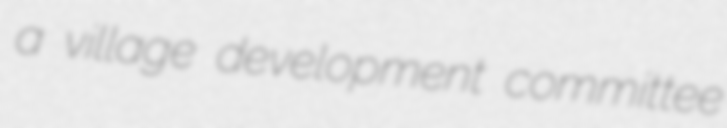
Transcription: a village development committee